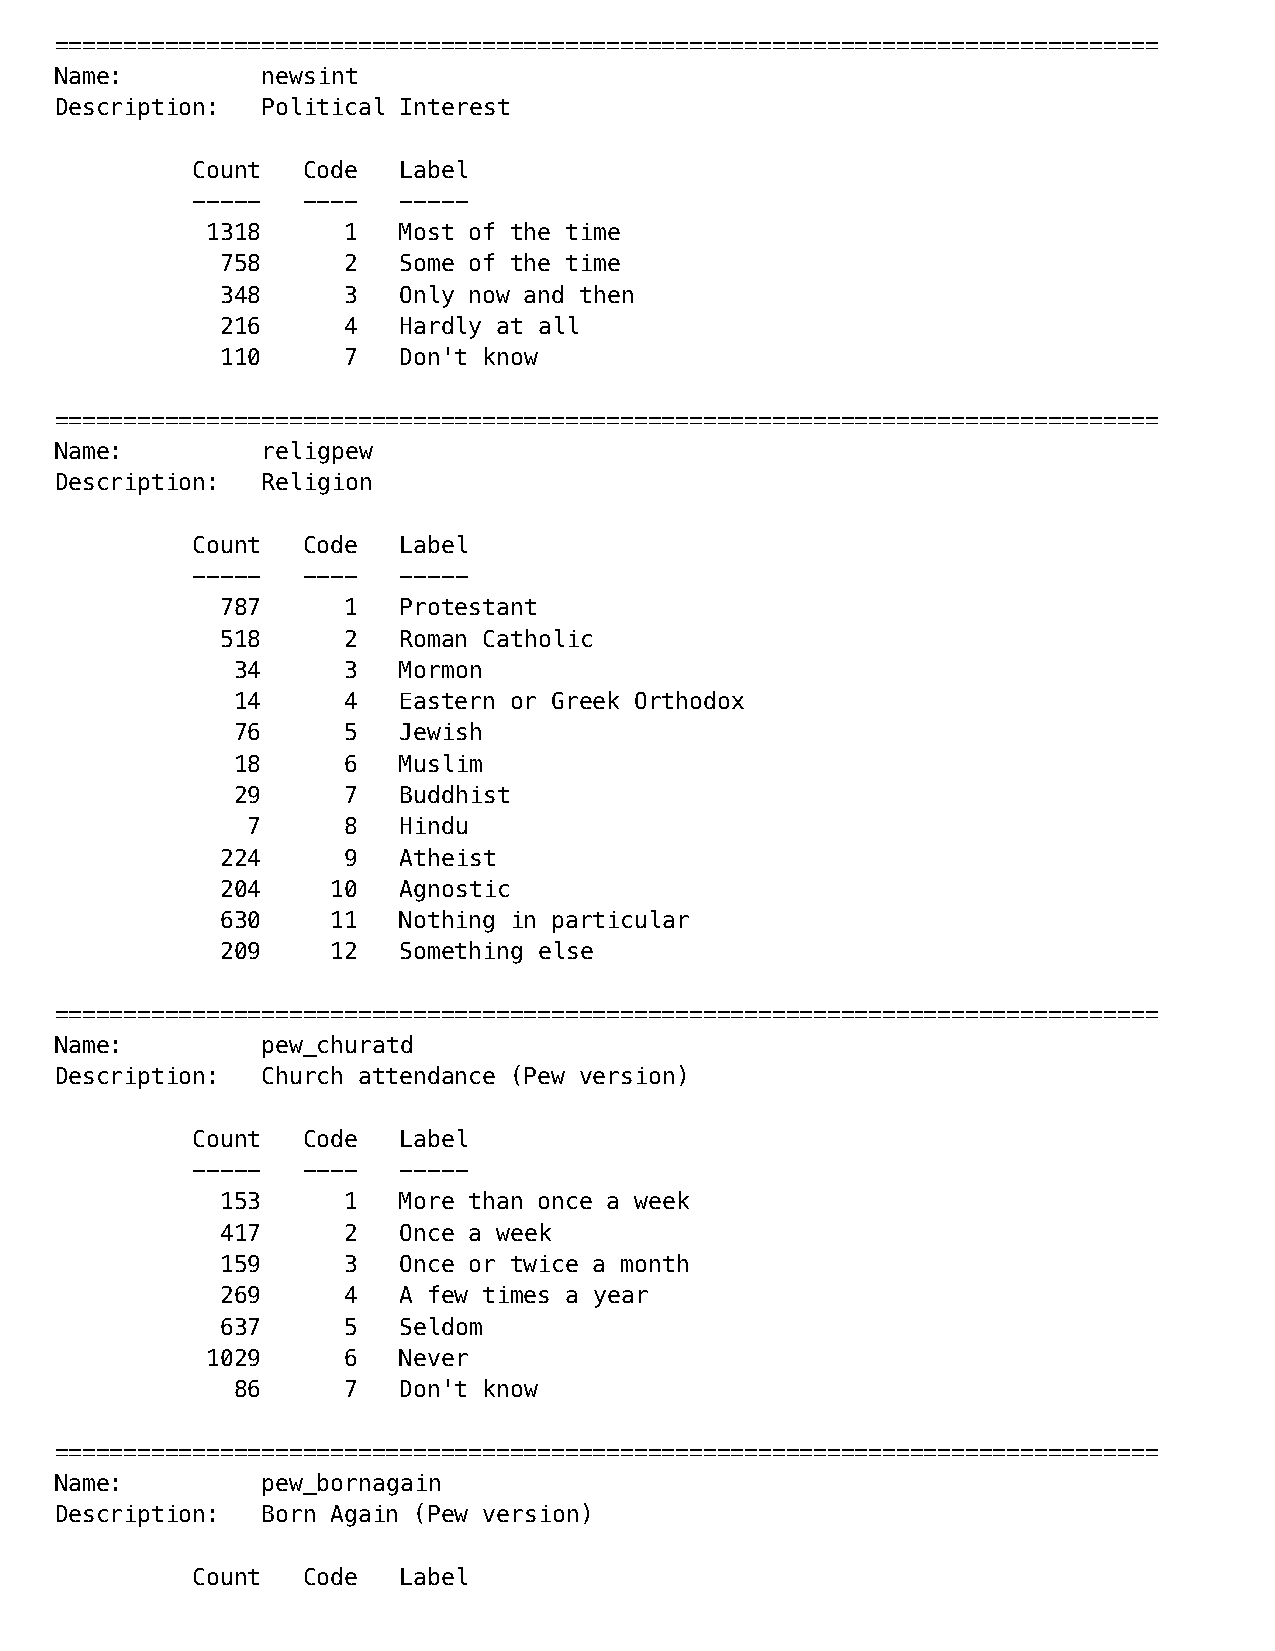
================================================================================
 Name:        newsint
 Description: Political Interest
 Count  Code  Label
 -----  ----  -----
 1318     1  Most of the time
 758     2  Some of the time
 348     3  Only now and then
 216     4  Hardly at all
 110     7  Don't know
 ================================================================================
 Name:        religpew
 Description: Religion
 Count  Code  Label
 -----  ----  -----
 787     1  Protestant
 518     2  Roman Catholic
 34     3  Mormon
 14     4  Eastern or Greek Orthodox
 76     5  Jewish
 18     6  Muslim
 29     7  Buddhist
 7      8  Hindu
 224     9  Atheist
 204    10  Agnostic
 630    11  Nothing in particular
 209    12  Something else
 ================================================================================
 Name:        pew_churatd
 Description: Church attendance (Pew version)
 Count  Code  Label
 -----  ----  -----
 153     1  More than once a week
 417     2  Once a week
 159     3  Once or twice a month
 269     4  A few times a year
 637     5  Seldom
 1029     6  Never
 86     7  Don't know
 ================================================================================
 Name:        pew_bornagain
 Description: Born Again (Pew version)
 Count  Code  Label